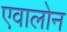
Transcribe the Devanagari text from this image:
एवालोन